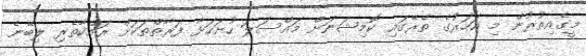
މީގެއިތުރުން މި އަހަރުގެ ތެރޭގައި ކޮމިޝަނަށް މައްސަލަ ހުށަހަޅާ ފަރާތްތަކަށް ރައްކާތެރި ލިބޭނެ